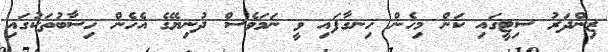
ޒިންދަރު ސިޓީގައި ކަން މިހެން ހިނގާފައި ވީ ނަމަވެސް ދުނިޔޭގެ އެހެން ހިސާބުތަކުގައި